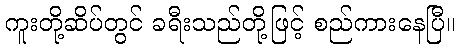
ကူးတို့ဆိပ်တွင် ခရီးသည်တို့ဖြင့် စည်ကားနေပြီ။